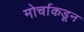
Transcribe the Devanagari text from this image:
मोर्चाकडून